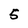
Character: 5